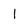
Character: 1